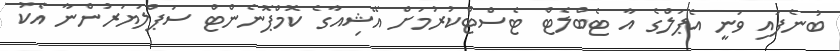
ބުނެފައި ވަނީ އެޕަލްގެ އާ ޓެބްލެޓް ޓެސްޓްކުރުމަށް އޭޝިއާގެ ކޮމްޕޮނެންޓް ސަޕްލަޔަރުންނާ އެކު